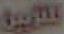
القاهرة